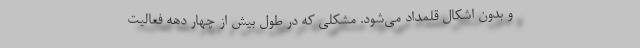
و بدون اشکال قلمداد می‌شود. مشکلی که در طول بیش از چهار دهه فعالیت